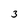
Character: 3